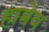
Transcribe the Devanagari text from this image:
हामेय